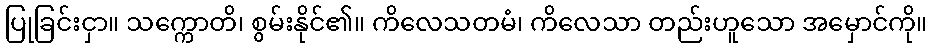
ပြုခြင်းငှာ။ သက္ကောတိ၊ စွမ်းနိုင်၏။ ကိလေသတမံ၊ ကိလေသာ တည်းဟူသော အမှောင်ကို။